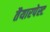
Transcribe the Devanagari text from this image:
तैयारपेस्ट